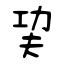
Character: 巭